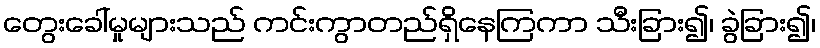
တွေးခေါ်မှုများသည် ကင်းကွာတည်ရှိနေကြကာ သီးခြား၍၊ ခွဲခြား၍၊